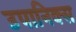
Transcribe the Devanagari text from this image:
उपानिक्स